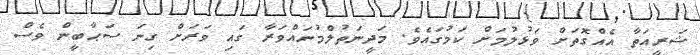
ޝަރީއަތާ އެއްގޮތަށް ވަޅުލުމަށް ކަމުގައެވެ. މަދީނަތުލްމުނައްވަރާ ގައި ވަރަށް ގިނަ ސަޙާބީން ވެސް